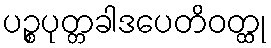
ပဉ္စပုတ္တခါဒပေတိဝတ္ထု